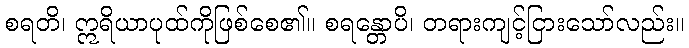
စရတိ၊ ဣရိယာပုထ်ကိုဖြစ်စေ၏။ စရန္တောပိ၊ တရားကျင့်ငြားသော်လည်း။